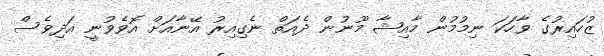
ޒުހައިރުގެ ވާހަކަ ނިމުމުން މާއިޝާ މޫނުން ދެއަތް ނެގިއިރު އޭނާއަށް އޮވެވުނީ އަދިވެސް